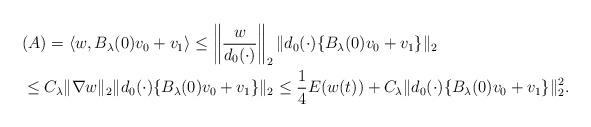
LaTeX: \begin{align*} &(A) = \langle w, B_\lambda(0) v_0 + v_1 \rangle \leq \left\| \frac{w}{d_0(\cdot)} \right\|_2 \| d_0(\cdot) \{ B_\lambda(0) v_0 + v_1 \} \|_2 \\ &\leq C_\lambda \| \nabla w \|_2 \| d_0(\cdot) \{ B_\lambda(0) v_0 + v_1 \} \|_2 \leq \frac{1}{4} E(w(t)) + C_\lambda \| d_0(\cdot) \{ B_\lambda(0) v_0 + v_1 \} \|_2^2.\end{align*}